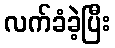
လက်ခံခဲ့ပြီး